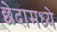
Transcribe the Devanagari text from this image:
छेदामध्ये